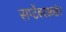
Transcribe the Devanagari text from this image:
सप्टेंबरअखेर